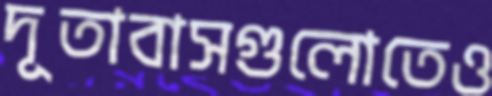
দূতাবাসগুলোতেও